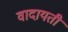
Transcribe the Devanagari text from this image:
वादायती